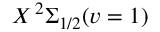
X \, ^ { 2 } \Sigma _ { 1 / 2 } ( v = 1 )